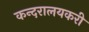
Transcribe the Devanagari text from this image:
कन्दरालयकरी